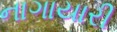
નાગાયારી